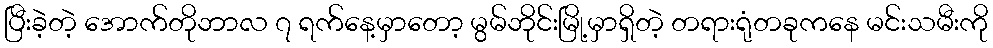
ပြီးခဲ့တဲ့ အောက်တိုဘာလ ၇ ရက်နေ့မှာတော့ မွမ်ဘိုင်းမြို့မှာရှိတဲ့ တရားရုံတခုကနေ မင်းသမီးကို